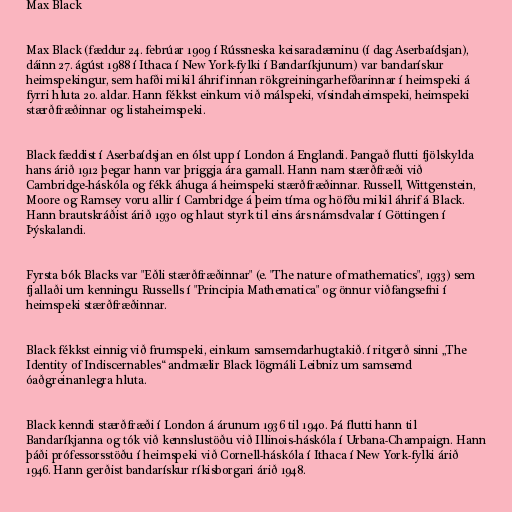
Max Black

Max Black (fæddur 24. febrúar 1909 í Rússneska keisaradæminu (í dag Aserbaídsjan),
dáinn 27. ágúst 1988 í Ithaca í New York-fylki í Bandaríkjunum) var bandarískur
heimspekingur, sem hafði mikil áhrif innan rökgreiningarhefðarinnar í heimspeki á
fyrri hluta 20. aldar. Hann fékkst einkum við málspeki, vísindaheimspeki, heimspeki
stærðfræðinnar og listaheimspeki.

Black fæddist í Aserbaídsjan en ólst upp í London á Englandi. Þangað flutti fjölskylda
hans árið 1912 þegar hann var þriggja ára gamall. Hann nam stærðfræði við
Cambridge-háskóla og fékk áhuga á heimspeki stærðfræðinnar. Russell, Wittgenstein,
Moore og Ramsey voru allir í Cambridge á þeim tíma og höfðu mikil áhrif á Black.
Hann brautskráðist árið 1930 og hlaut styrk til eins árs námsdvalar í Göttingen í
Þýskalandi.

Fyrsta bók Blacks var "Eðli stærðfræðinnar" (e. "The nature of mathematics", 1933) sem
fjallaði um kenningu Russells í "Principia Mathematica" og önnur viðfangsefni í
heimspeki stærðfræðinnar.

Black fékkst einnig við frumspeki, einkum samsemdarhugtakið. í ritgerð sinni „The
Identity of Indiscernables“ andmælir Black lögmáli Leibniz um samsemd
óaðgreinanlegra hluta.

Black kenndi stærðfræði í London á árunum 1936 til 1940. Þá flutti hann til
Bandaríkjanna og tók við kennslustöðu við Illinois-háskóla í Urbana-Champaign. Hann
þáði prófessorsstöðu í heimspeki við Cornell-háskóla í Ithaca í New York-fylki árið
1946. Hann gerðist bandarískur ríkisborgari árið 1948.